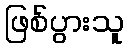
ဖြစ်ပွားသူ